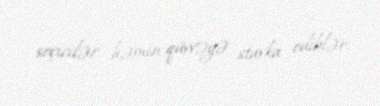
seçicilər həmin qüvvəyə stavka ediblər.